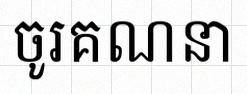
ចូរគណនា